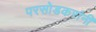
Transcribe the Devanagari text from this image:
परसोडकरांनी